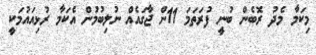
މިކަމާ މެދު ރޮބެން ބުނީ ފުރަތަމަ 11ން ޖާގައެއް ނުލިބުމުން އެކަމާ ރުޅިއައުމަކީ